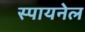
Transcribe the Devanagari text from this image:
स्पायनेल